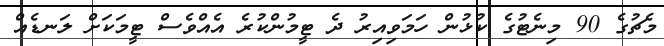
މެޗުގެ 90 މިނެޓުގެ ކުޅުން ހަމަވިއިރު ދެ ޓީމުންކުރެ އެއްވެސް ޓީމަކަށް ލަނޑެއް